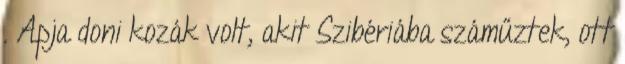
. Apja doni kozák volt, akit Szibériába száműztek, ott